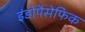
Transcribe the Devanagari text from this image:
इंडोपैसेफिक